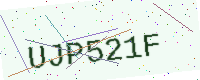
Text: UJP521F